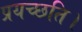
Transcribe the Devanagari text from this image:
प्रयच्छति।